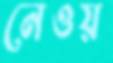
নেওয়